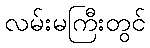
လမ်းမကြီးတွင်